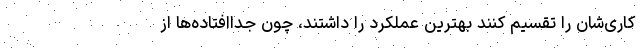
کاری‌شان را تقسیم کنند بهترین عملکرد را داشتند، چون جداافتاده‌ها از